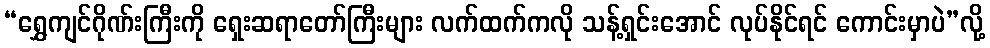
“ရွှေကျင်ဂိုဏ်းကြီးကို ရှေးဆရာတော်ကြီးများ လက်ထက်ကလို သန့်ရှင်းအောင် လုပ်နိုင်ရင် ကောင်းမှာပဲ”လို့